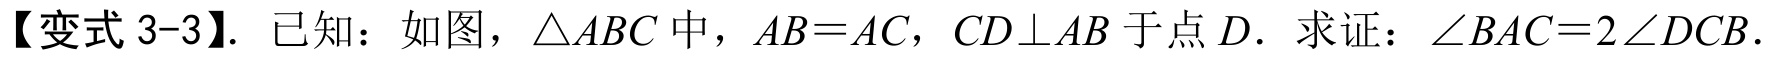
【变式 3-3】. 已知：如图，\(\triangle ABC\)中，\(AB = AC\)，\(CD\perp AB\)于点\(D\). 求证：\(\angle BAC = 2\angle DCB\).